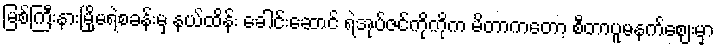
မြစ်ကြီးနားမြို့မရဲစခန်းမှ နယ်ထိန်း ခေါင်းဆောင် ရဲအုပ်ဇင်ကိုကိုက မိတာကတော့ စီတာပူမနက်ဈေးမှာ